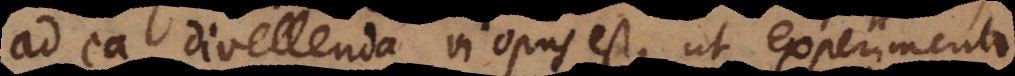
ad ea divellenda vi opus est, ut experimento